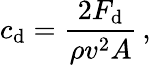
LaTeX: c_{\mathrm{d}}={\frac{2F_{\mathrm{d}}}{\rho v^{2}A}}\, ,